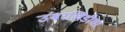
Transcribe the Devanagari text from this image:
उंबरखिंडीचा